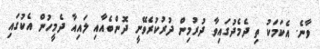
ވާނެ. އެކަމަކު ތި ދެމެދުގައިވާ ދުރުމިން ދުރުކުރެވޭނީ ދޮންބެއާއި ލައިއާ ދެމީހުން އެކުގައި